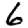
Digit: 6